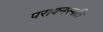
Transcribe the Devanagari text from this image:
परावनस्पति